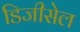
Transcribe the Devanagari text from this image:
डिजीसेल